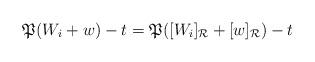
LaTeX: \begin{align*} \mathfrak{P}(W_i +w)-t = \mathfrak{P}([W_i]_\mathcal{R} +[w]_\mathcal{R})-t\end{align*}